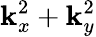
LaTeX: \mathbf{k}_{x}^{2}+\mathbf{k}_{y}^{2}